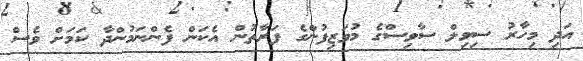
އަދި މިހާރު ސިވިލް ސާވިސްގެ މުވަޒިފުންގެ ފަރާތުން އެކަން ފެންނަމުންދާ ކަމަށް ވެސް